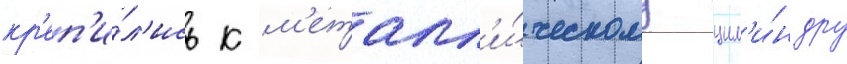
кр'еп'и́л'ись к м'еталл'и́ческому цил'и́ндру